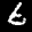
Label: 6